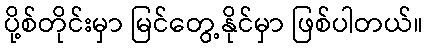
ပို့စ်တိုင်းမှာ မြင်တွေ့နိုင်မှာ ဖြစ်ပါတယ်။